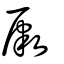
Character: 肇